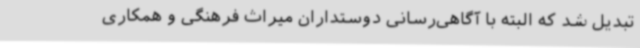
تبدیل شد که البته با آگاهی‌رسانی دوستداران میراث فرهنگی و همکاری